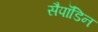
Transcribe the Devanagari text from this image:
सैपॉडिन